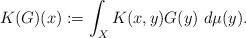
LaTeX: \begin{align*} K(G)(x):= \int_X K(x,y)G(y)~d\mu(y).\end{align*}